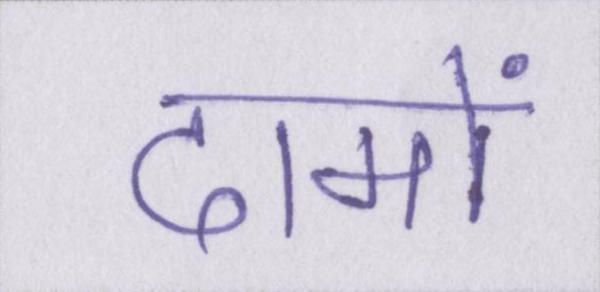
दामों